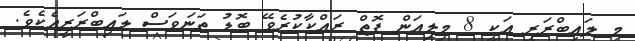
މި ލައިބްރަރީ އަކީ 8 މިލިއަން ފޮތް ރައްކާކުރެވޭ ބޮޑު ތަނަވަސް ލައިބްރަރީއެކެވެ.